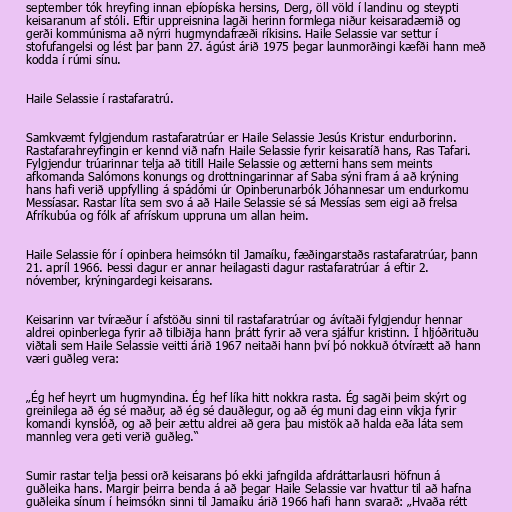
september tók hreyfing innan eþíopíska hersins, Derg, öll völd í landinu og steypti
keisaranum af stóli. Eftir uppreisnina lagði herinn formlega niður keisaradæmið og
gerði kommúnisma að nýrri hugmyndafræði ríkisins. Haile Selassie var settur í
stofufangelsi og lést þar þann 27. ágúst árið 1975 þegar launmorðingi kæfði hann með
kodda í rúmi sínu.

Haile Selassie í rastafaratrú.

Samkvæmt fylgjendum rastafaratrúar er Haile Selassie Jesús Kristur endurborinn.
Rastafarahreyfingin er kennd við nafn Haile Selassie fyrir keisaratíð hans, Ras Tafari.
Fylgjendur trúarinnar telja að titill Haile Selassie og ætterni hans sem meints
afkomanda Salómons konungs og drottningarinnar af Saba sýni fram á að krýning
hans hafi verið uppfylling á spádómi úr Opinberunarbók Jóhannesar um endurkomu
Messíasar. Rastar líta sem svo á að Haile Selassie sé sá Messías sem eigi að frelsa
Afríkubúa og fólk af afrískum uppruna um allan heim.

Haile Selassie fór í opinbera heimsókn til Jamaíku, fæðingarstaðs rastafaratrúar, þann
21. apríl 1966. Þessi dagur er annar heilagasti dagur rastafaratrúar á eftir 2.
nóvember, krýningardegi keisarans.

Keisarinn var tvíræður í afstöðu sinni til rastafaratrúar og ávítaði fylgjendur hennar
aldrei opinberlega fyrir að tilbiðja hann þrátt fyrir að vera sjálfur kristinn. Í hljóðrituðu
viðtali sem Haile Selassie veitti árið 1967 neitaði hann því þó nokkuð ótvírætt að hann
væri guðleg vera:

„Ég hef heyrt um hugmyndina. Ég hef líka hitt nokkra rasta. Ég sagði þeim skýrt og
greinilega að ég sé maður, að ég sé dauðlegur, og að ég muni dag einn víkja fyrir
komandi kynslóð, og að þeir ættu aldrei að gera þau mistök að halda eða láta sem
mannleg vera geti verið guðleg.“

Sumir rastar telja þessi orð keisarans þó ekki jafngilda afdráttarlausri höfnun á
guðleika hans. Margir þeirra benda á að þegar Haile Selassie var hvattur til að hafna
guðleika sínum í heimsókn sinni til Jamaíku árið 1966 hafi hann svarað: „Hvaða rétt